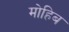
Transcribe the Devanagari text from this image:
मोहिब